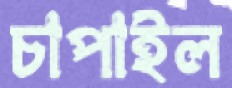
চাপাইল